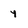
Character: y